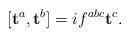
LaTeX: \begin{align*}[\mathbf{t}^a,\mathbf{t}^b] = i f^{abc} \mathbf{t}^c.\end{align*}